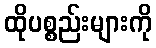
ထိုပစ္စည်းများကို